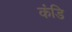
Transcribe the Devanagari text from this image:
कंडि